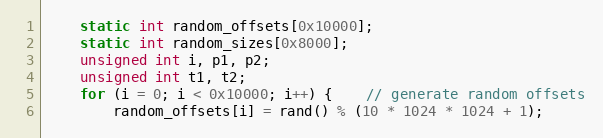
Language: C
	static int random_offsets[0x10000];
	static int random_sizes[0x8000];
	unsigned int i, p1, p2;
	unsigned int t1, t2;
	for (i = 0; i < 0x10000; i++) {	// generate random offsets
		random_offsets[i] = rand() % (10 * 1024 * 1024 + 1);